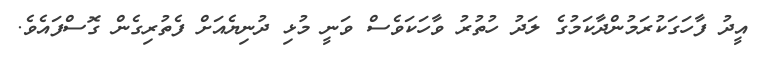
އީދު ފާހަގަކުރަމުންދާކަމުގެ ލަދު ހުތުރު ވާހަކަވެސް ވަނީ މުޅި ދުނިޔެއަށް ފެތުރިގެން ގޮސްފައެވެ.